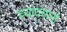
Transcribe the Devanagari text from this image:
ध्यायमानो